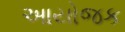
આયોજક